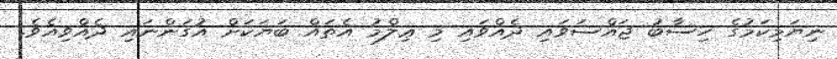
ނިޔަމިކަމުގެ ހިސާބު ޖައްސަވައި ދެއްވައި މި ޢިލްމު އެތައް ބަޔަކަށް އުގަންނައި ދެއްވިއެވެ.